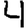
Digit: 4